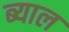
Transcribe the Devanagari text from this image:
ब्‍याल